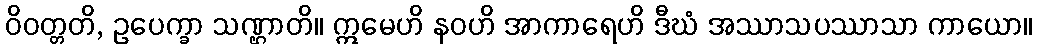
ဝိဝတ္တတိ, ဥပေက္ခာ သဏ္ဌာတိ။ ဣမေဟိ နဝဟိ အာကာရေဟိ ဒီဃံ အဿာသပဿာသာ ကာယော။